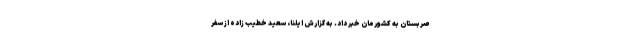
صربستان به کشورمان خبر داد. به گزارش ایلنا، سعید خطیب زاده از سفر